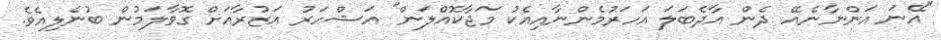
"އޭނަ އަންނާނެއޭ ދެން އާދެބަލަ އަހަރުމެންނާއިއެކު މަޖާކޮއްލަން" އަޝްހަރު އަޒުރާއަށް ގޮވާލަމުން ބުނެލިއެވެ.